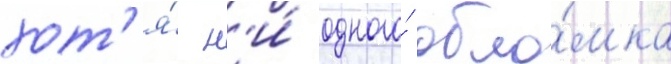
хот'я́ н'и́ одного́ обло́мка